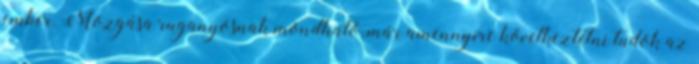
ember. Mozgása ruganyosnak mondható, már amennyire következtetni tudok az